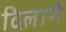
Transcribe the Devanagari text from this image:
दिलागे